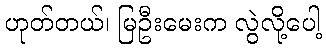
ဟုတ်တယ်၊ မြဦးမေးက လွဲလို့ပေါ့